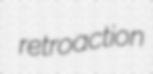
retroaction